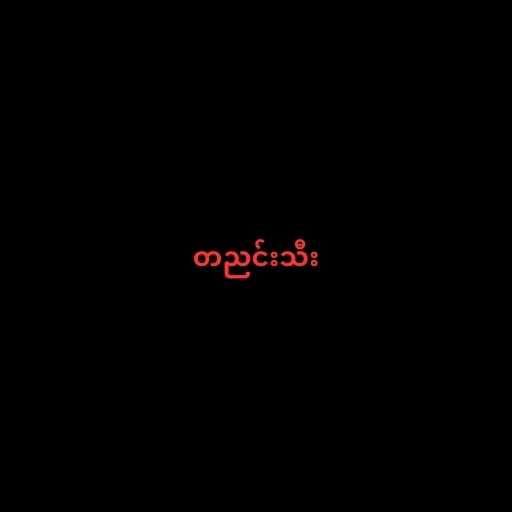
တညင်းသီး